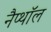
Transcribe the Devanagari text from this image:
नैप्थॉल